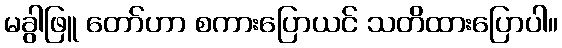
မခွါဖြူ တော်ဟာ စကားပြောယင် သတိထားပြောပါ။